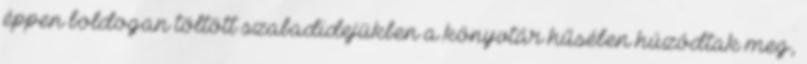
éppen boldogan töltött szabadidejükben a könyvtár hűsében húzódtak meg,